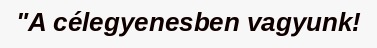
"A célegyenesben vagyunk!